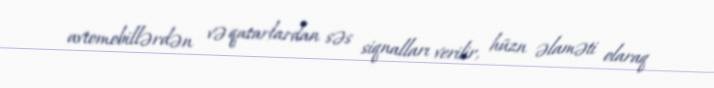
avtomobillərdən və qatarlardan səs siqnalları verilir, hüzn əlaməti olaraq